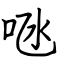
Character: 𠱁